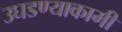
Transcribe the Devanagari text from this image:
उघडण्याकामी